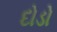
દોડો